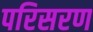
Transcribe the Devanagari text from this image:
परिसरण